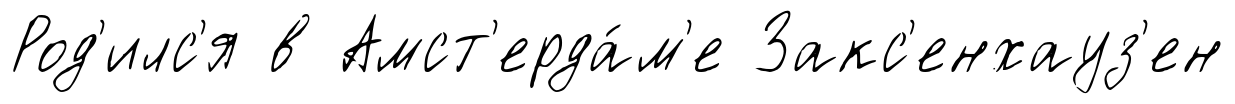
Род'илс'я в Амст'ерда́м'е Закс'енхауз'ен